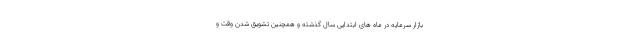
بازار سرمایه در ماه های ابتدایی سال گذشته و همچنین تشویق شدن وقت و